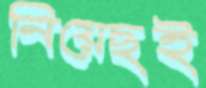
নিয়েছই